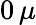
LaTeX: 0\, \mu